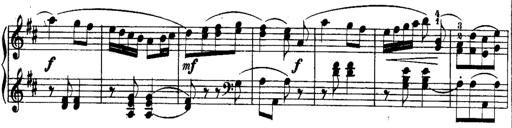
Title: Rondos and Sonatinas for Pianoforte
Composer: Daniel Steibelt